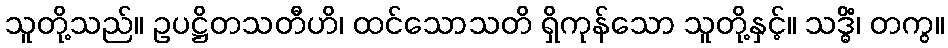
သူတို့သည်။ ဥပဋ္ဌိတသတီဟိ၊ ထင်သောသတိ ရှိကုန်သော သူတို့နှင့်။ သဒ္ဓိံ၊ တကွ။